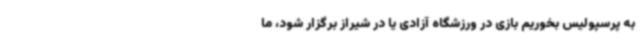
به پرسپولیس بخوریم بازی در ورزشگاه آزادی یا در شیراز برگزار شود، ما